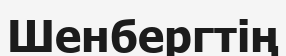
Шенбергтің